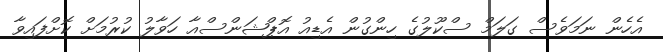
އެހެން ނަމަވެސް ގަލަމް ސްކޫލުގެ ހިންގުން އެޑިއު އޮޕްޝަންސްއާ ހަވާލު ކުރުމަށް ކޮށްފައިވާ